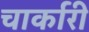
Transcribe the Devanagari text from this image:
चार्कारी